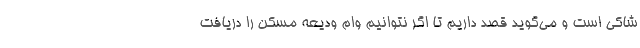
شاکی است و می‌گوید قصد داریم تا اگر نتوانیم وام ودیعه مسکن را دریافت